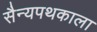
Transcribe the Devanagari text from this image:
सैन्यपथकाला